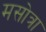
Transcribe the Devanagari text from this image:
मसोत्रा